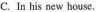
C. In his aew house,.